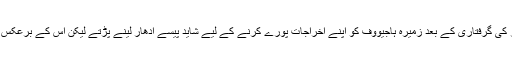
نیشنل کرائم ایجنسی کی جانب سے ہوم آفس میں جمع کرائے گئے بیان کے مطابق: ’شوہر کی گرفتاری کے بعد زمیرہ ہاجیووف کو اپنے اخراجات پورے کرنے کے لیے شاید پیسے ادھار لینے پڑتے لیکن اس کے برعکس انہوں نے دسمبر 2015 سے جون 2016 کے درمیان لاکھوں پاؤنڈز کی خریداری کی۔